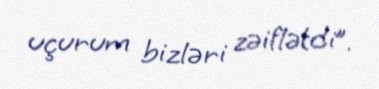
uçurum bizləri zəiflətdi”.